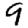
Digit: 9